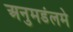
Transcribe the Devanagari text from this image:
अनुमडंलमे